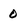
Character: 0